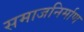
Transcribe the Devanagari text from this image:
समाजनिर्माण